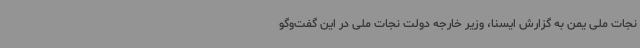
نجات ملی یمن به گزارش ایسنا، وزیر خارجه دولت نجات ملی در این گفت‌وگو